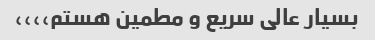
بسیار عالی سریع و مطمین هستم،،،،